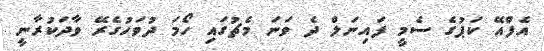
އެފްއޭ ކަޕުގެ ސެމީ ފައިނަލް ދެ ވަނަ މެޗުގައި ހޯމަ ދުވަހުގެރޭ ވާދަކުރާނީ